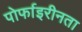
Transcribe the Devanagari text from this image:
पोर्फाइरीनता